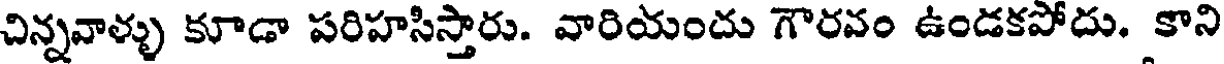
చిన్నవాళ్ళు కూడా పరిహసిస్తారు. వారియందు గౌరవం ఉండకపోదు. కాని